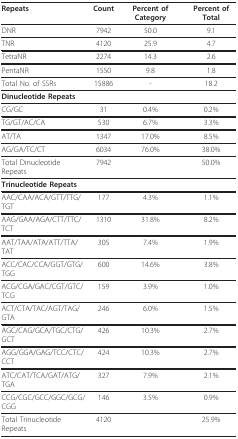
<table><thead><tr><td><b>Repeats</b></td><td><b>Count</b></td><td><b>Percent of Category</b></td><td><b>Percent of Total</b></td></tr></thead><tbody><tr><td>DNR</td><td>7942</td><td>50.0</td><td>9.1</td></tr><tr><td>TNR</td><td>4120</td><td>25.9</td><td>4.7</td></tr><tr><td>TetraNR</td><td>2274</td><td>14.3</td><td>2.6</td></tr><tr><td>PentaNR</td><td>1550</td><td>9.8</td><td>1.8</td></tr><tr><td>Total No. of SSRs</td><td>15886</td><td>-</td><td>18.2</td></tr><tr><td><b>Dinucleotide Repeats</b></td><td></td><td></td><td></td></tr><tr><td>CG/GC</td><td>31</td><td>0.4%</td><td>0.2%</td></tr><tr><td>TG/GT/AC/CA</td><td>530</td><td>6.7%</td><td>3.3%</td></tr><tr><td>AT/TA</td><td>1347</td><td>17.0%</td><td>8.5%</td></tr><tr><td>AG/GA/TC/CT</td><td>6034</td><td>76.0%</td><td>38.0%</td></tr><tr><td>Total Dinucleotide Repeats</td><td>7942</td><td></td><td>50.0%</td></tr><tr><td><b>Trinucleotide Repeats</b></td><td></td><td></td><td></td></tr><tr><td>AAC/CAA/ACA/GTT/TTG/TGT</td><td>177</td><td>4.3%</td><td>1.1%</td></tr><tr><td>AAG/GAA/AGA/CTT/TTC/TCT</td><td>1310</td><td>31.8%</td><td>8.2%</td></tr><tr><td>AAT/TAA/ATA/ATT/TTA/TAT</td><td>305</td><td>7.4%</td><td>1.9%</td></tr><tr><td>ACC/CAC/CCA/GGT/GTG/TGG</td><td>600</td><td>14.6%</td><td>3.8%</td></tr><tr><td>ACG/CGA/GAC/CGT/GTC/TCG</td><td>159</td><td>3.9%</td><td>1.0%</td></tr><tr><td>ACT/CTA/TAC/AGT/TAG/GTA</td><td>246</td><td>6.0%</td><td>1.5%</td></tr><tr><td>AGC/CAG/GCA/TGC/CTG/GCT</td><td>426</td><td>10.3%</td><td>2.7%</td></tr><tr><td>AGG/GGA/GAG/TCC/CTC/CCT</td><td>424</td><td>10.3%</td><td>2.7%</td></tr><tr><td>ATC/CAT/TCA/GAT/ATG/TGA</td><td>327</td><td>7.9%</td><td>2.1%</td></tr><tr><td>CCG/CGC/GCC/GGC/GCG/CGG</td><td>146</td><td>3.5%</td><td>0.9%</td></tr><tr><td>Total Trinucleotide Repeats</td><td>4120</td><td></td><td>25.9%</td></tr></tbody></table>